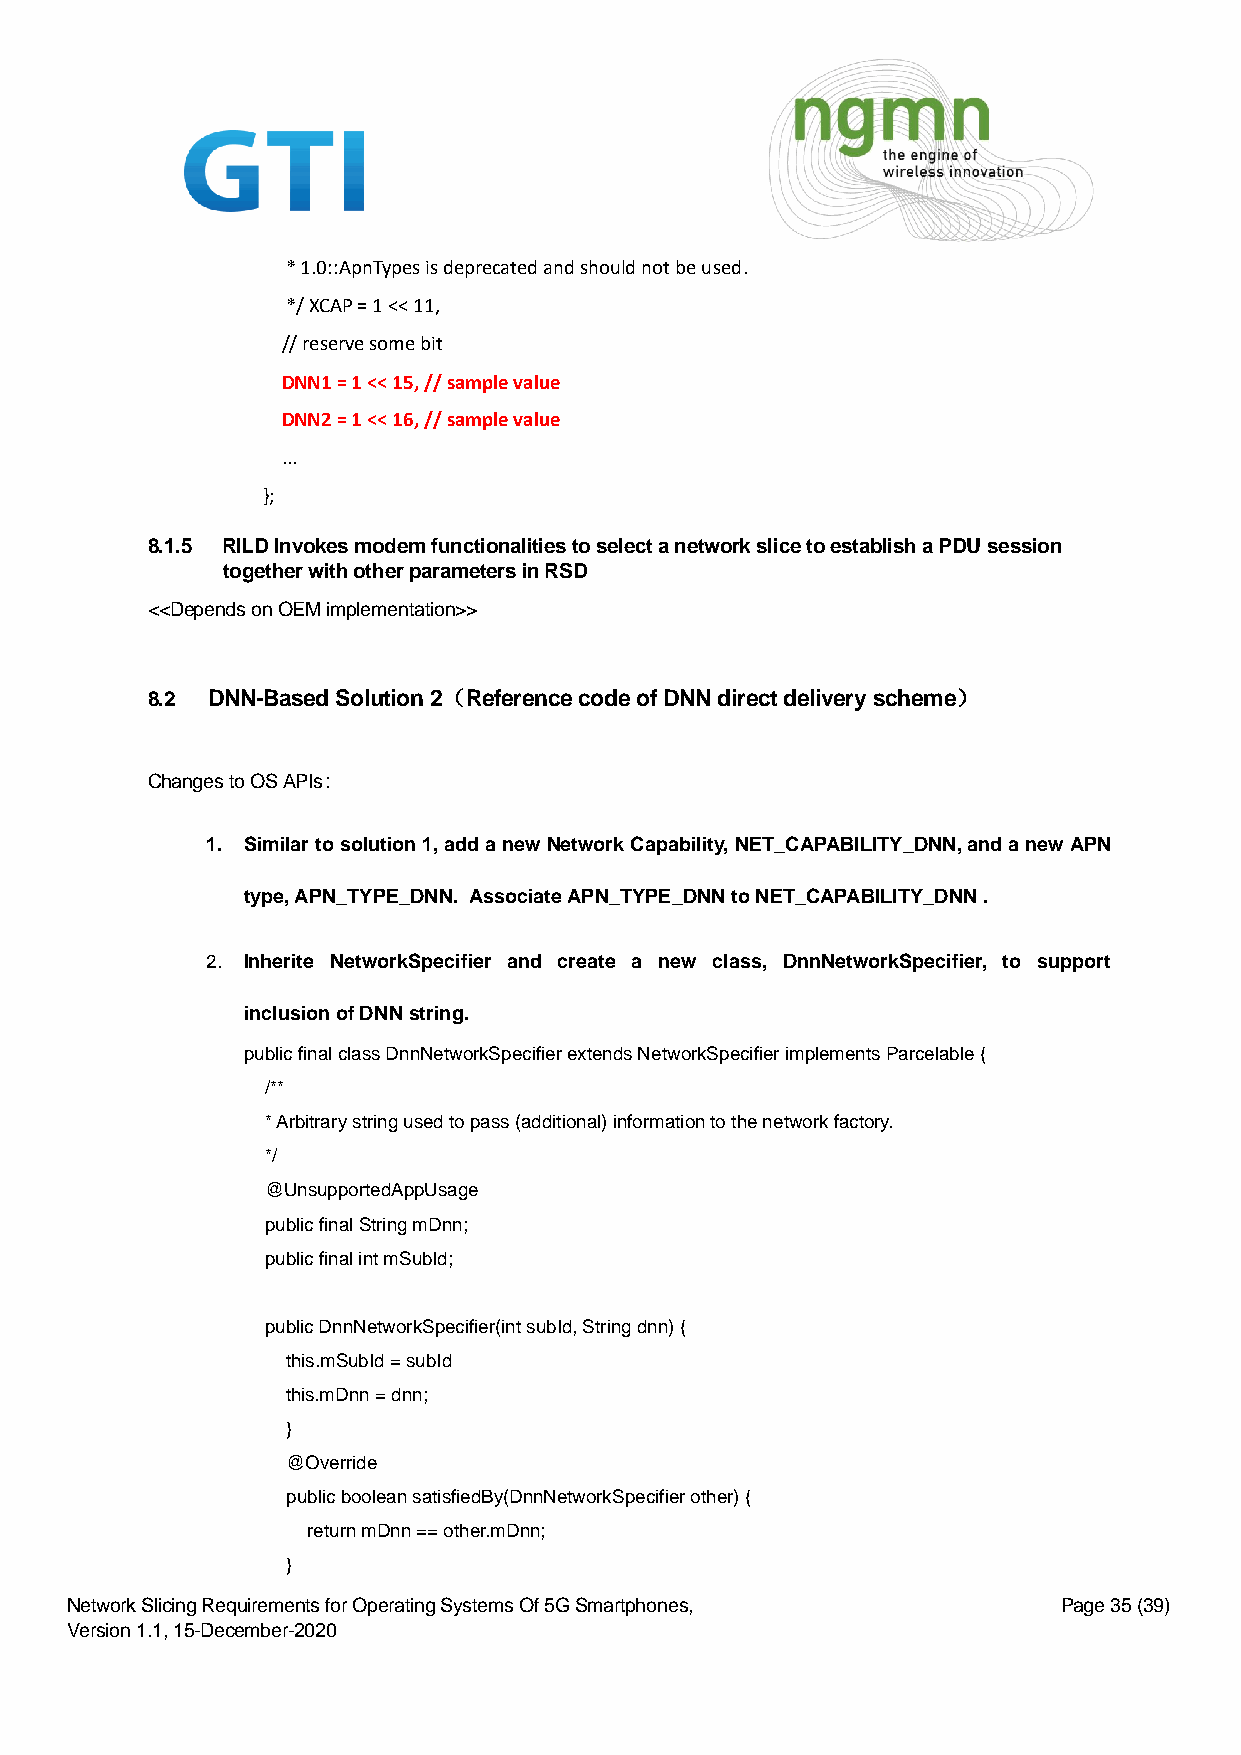
* 1.0::ApnTypes is deprecated and should not be used.
 */ XCAP = 1 << 11,
 // reserve some bit
 DNN1 = 1 << 15, // sample value
 DNN2 = 1 << 16, // sample value
 ...
 };
 8.1.5 RILD Invokes modem functionalities to select a network slice to establish a PDU session
 together with other parameters in RSD
 <<Depends on OEM implementation>>
 8.2 DNN-Based Solution 2（Reference code of DNN direct delivery scheme）
 Changes to OS APIs：
 1. Similar to solution 1, add a new Network Capability, NET_CAPABILITY_DNN, and a new APN
 type, APN_TYPE_DNN. Associate APN_TYPE_DNN to NET_CAPABILITY_DNN .
 2. Inherite NetworkSpecifier and create a new class, DnnNetworkSpecifier, to support
 inclusion of DNN string.
 public final class DnnNetworkSpecifier extends NetworkSpecifier implements Parcelable {
 /**
 * Arbitrary string used to pass (additional) information to the network factory.
 */
 @UnsupportedAppUsage
 public final String mDnn;
 public final int mSubId;
 public DnnNetworkSpecifier(int subId, String dnn) {
 this.mSubId = subId
 this.mDnn = dnn;
 }
 @Override
 public boolean satisfiedBy(DnnNetworkSpecifier other) {
 return mDnn == other.mDnn;
 }
 Network Slicing Requirements for Operating Systems Of 5G Smartphones, Page 35 (39)
 Version 1.1, 15-December-2020